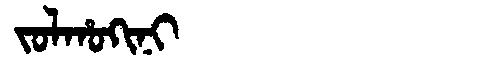
Manchu: ᠵᠣᠯᡥᠣᡴᡳᠨᡳ
Romanization: JOLHOKINI